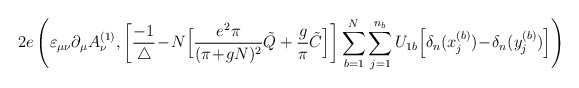
\begin{align*}2e \left( \varepsilon_{\mu \nu} \partial_\mu A^{(1)}_\nu,\bigg[ \frac{-1}{\triangle}\!-\!N \Big[ \frac{e^2 \pi}{(\pi\!+\!gN)^2}\tilde{Q} +\frac{g}{\pi} \tilde{C} \Big]\bigg] \sum_{b=1}^N \sum_{j=1}^{n_b} U_{1 b}\Big[ \delta_n(x_j^{(b)})\!-\!\delta_n(y_j^{(b)}) \Big] \right)\end{align*}